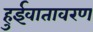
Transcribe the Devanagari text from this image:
हुईवातावरण